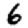
Digit: 6